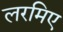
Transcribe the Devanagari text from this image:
लरमिए